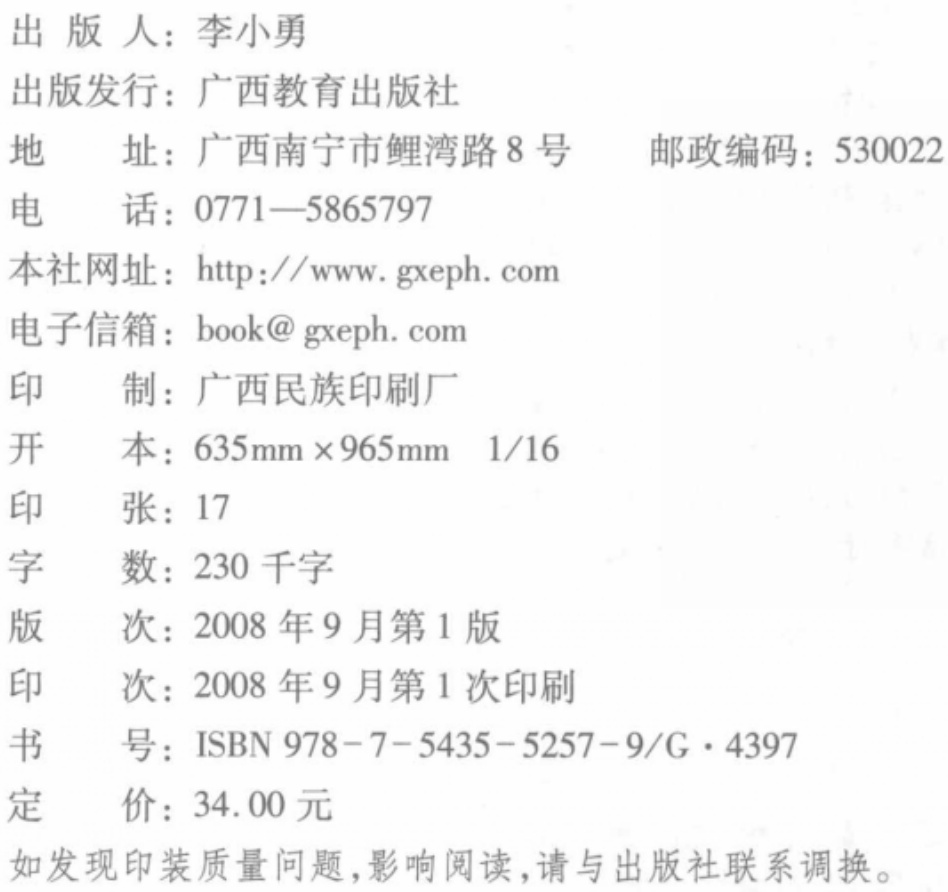
\begin{document}

出版人：李小勇\\

出版发行：广西教育出版社\\

地\hspace{1em}址：广西南宁市鲤湾路8号\hspace{1em}邮政编码：530022\\

电\hspace{1em}话：0771—5865797\\

本社网址：http://www.gxeph.com\\

电子信箱：book@gxeph.com\\

印\hspace{1em}制：广西民族印刷厂\\

开\hspace{1em}本：635mm×965mm 1/16\\

印\hspace{1em}张：17\\

字\hspace{1em}数：230千字\\

版\hspace{1em}次：2008年9月第1版\\

印\hspace{1em}次：2008年9月第1次印刷\\

书\hspace{1em}号：ISBN 978-7-5435-5257-9/G·4397\\

定\hspace{1em}价：34.00元\\

如发现印装质量问题，影响阅读，请与出版社联系调换。

\end{document}